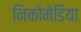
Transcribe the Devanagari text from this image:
निकोमेडिया